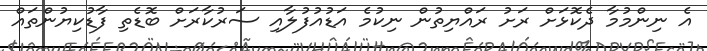
އެ ނިންމުމާ ދެކޮޅަށް ރަށު ރައްޔިތުން ނިކުމެ އަޑުއުފުލާއި ސަރުކާރަށް ބޮޑެތި ފާޑުކިޔުންތައް